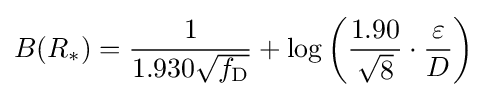
B(R_{*})={\frac {1}{1.930{\sqrt {f_{\mathrm {D} }}}}}+\log \left({\frac {1.90}{\sqrt {8}}}\cdot {\frac {\varepsilon }{D}}\right)